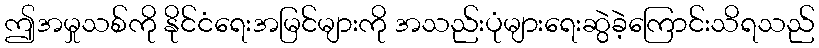
ဤအမှုသစ်ကို နိုင်ငံရေးအမြင်များကို အသည်းပုံများရေးဆွဲခဲ့ကြောင်းသိရသည်